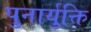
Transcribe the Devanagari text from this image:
पुनार्युक्ति